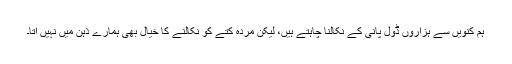
ہم کنویں سے ہزاروں ڈول پانی کے نکالنا چاہتے ہیں، لیکن مردہ کتے کو نکالنے کا خیال بھی ہمارے ذہن میں نہیں آتا۔